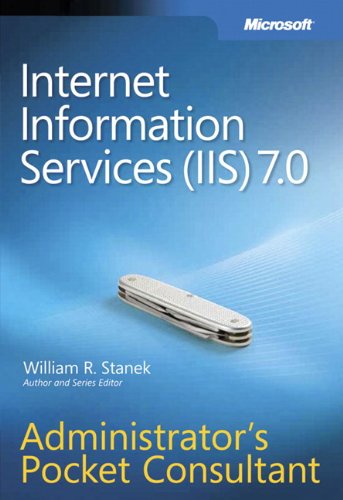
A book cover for Internet Information Services (IIS) 7.0 Administrator's Pocket Consultant; William R. Stanek; Computers & Technology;